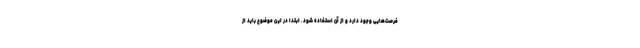
فرصت‌هایی وجود دارد و از آن استفاده شود. ابتدا در این موضوع باید از